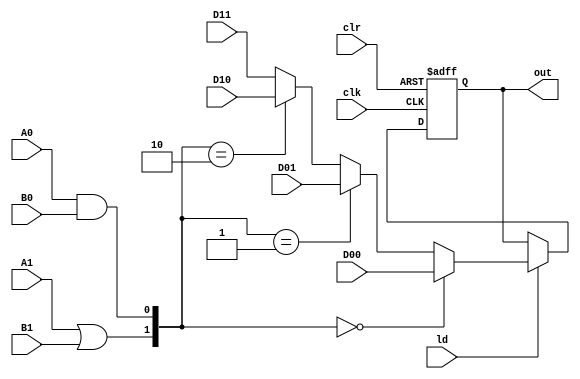
`timescale 1ns/1ns

module S2(input D00 , D01 , D10 , D11 , A1 , B1 , A0 , B0 , clr , ld , clk , output reg out);
  wire in;
  
  assign in = ({(A1 | B1) , (A0 & B0)} == 2'b00) ? D00 :
              ({(A1 | B1) , (A0 & B0)} == 2'b01) ? D01 :
              ({(A1 | B1) , (A0 & B0)} == 2'b10) ? D10 : D11;

  always @ (posedge clk , posedge clr) begin
    if(clr)
      out <= 1'b0;
    else
      if(ld) out <= in;
  end

endmodule